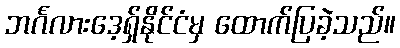
ဘင်္ဂလားဒေ့ရှ်နိုင်ငံမှ ထောက်ပြခဲ့သည်။